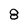
Character: 8